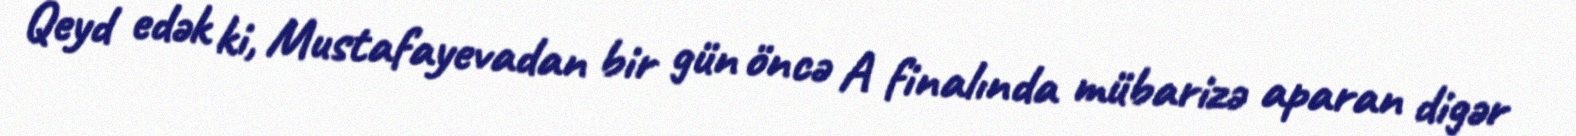
Qeyd edək ki, Mustafayevadan bir gün öncə A finalında mübarizə aparan digər